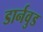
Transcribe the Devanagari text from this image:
डार्नवुड